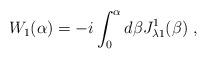
LaTeX: \begin{align*}W_1(\alpha) = -i\int_0^\alpha d\beta J^1_{\lambda 1} (\beta) \; ,\end{align*}